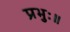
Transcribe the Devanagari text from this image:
प्रभुः॥